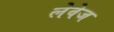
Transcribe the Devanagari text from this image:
लेवेज